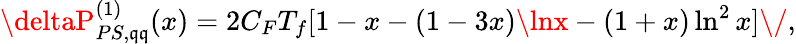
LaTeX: \deltaP_{PS,\mathfrak{q}\mathfrak{q}}^{(1)}(x)=2C_{F}T_{f}[1-x-(1-3x)\lnx-(1+x)\ln^{2}x]\/ ,